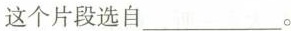
这个片段选自___。